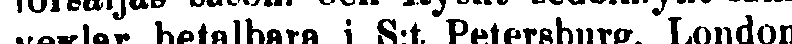
vexlar betalbara i S:t Petersburg, London,